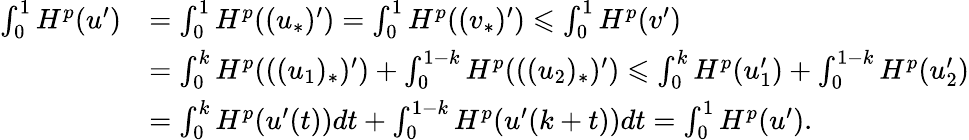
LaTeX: \begin{array}{rl}{\int_{0}^{1}H^{p}(u^{\prime})}&{=\int_{0}^{1}H^{p}((u_{*})^{\prime})=\int_{0}^{1}H^{p}((v_{*})^{\prime})\leqslant\int_{0}^{1}H^{p}(v^{\prime})}\\ &{=\int_{0}^{k}H^{p}(((u_{1})_{*})^{\prime})+\int_{0}^{1-k}H^{p}(((u_{2})_{*})^{\prime})\leqslant\int_{0}^{k}H^{p}(u_{1}^{\prime})+\int_{0}^{1-k}H^{p}(u_{2}^{\prime})}\\ &{=\int_{0}^{k}H^{p}(u^{\prime}(t))dt+\int_{0}^{1-k}H^{p}(u^{\prime}(k+t))dt=\int_{0}^{1}H^{p}(u^{\prime}).}\end{array}